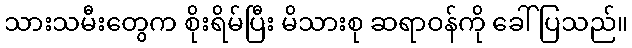
သားသမီးတွေက စိုးရိမ်ပြီး မိသားစု ဆရာဝန်ကို ခေါ်ပြသည်။